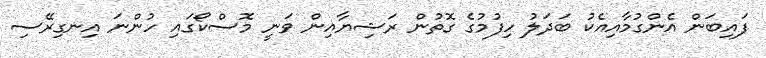
ފައިބަން އެންގުމާއިއެކު ބަދަލު ހިފުމުގެ ގޮތުން ރަޝިޔާއިން ވަނީ މޮސްކޯގައި ހުންނަ އިނގިރޭސި